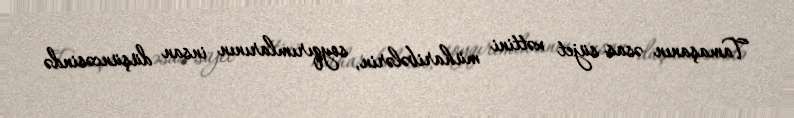
Tamaşanın əsas süjet xəttini müharibələrin, soyqırımlarının insan düşüncəsində